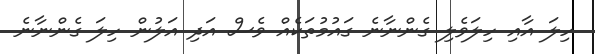
ހިލަ އާއި ހިލަވެލި ގެންނާނެ ގައުމުތަކެއް ވެސް އަދި އަލުން ހިލަ ގެންނާނެ